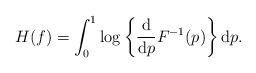
LaTeX: \begin{align*}H(f)=\int_{0}^{1}\log\left\{\frac{\mathrm{d}}{\mathrm{d}p}F^{-1}(p)\right\}\mathrm{d}p.\end{align*}